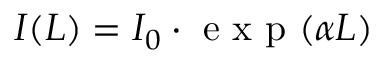
I ( L ) = I _ { 0 } \cdot \mathrm { ~ e ~ x ~ p ~ } ( \alpha L )